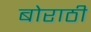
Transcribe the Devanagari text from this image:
बोराठी